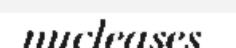
nucleases